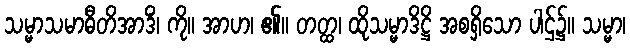
သမ္မာသမာဓီတိအာဒိံ၊ ကို။ အာဟ၊ ၏။ တတ္ထ၊ ထိုသမ္မာဒိဋ္ဌိ အစရှိသော ပါဌ်၌။ သမ္မာ၊